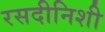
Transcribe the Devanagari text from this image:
रसदीनिशी